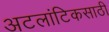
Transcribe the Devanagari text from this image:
अटलांटिकसाठी